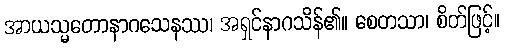
အာယသ္မတောနာဂသေနဿ၊ အရှင်နာဂသိန်၏။ စေတသာ၊ စိတ်ဖြင့်။